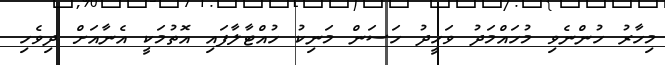
މިހާރު ހުންނެވި މުހައްމަދު ވަހީދު ހަސަން މަނިކު ހުއްޓާލާފައި އޮތުމަކީ އެނާއަށް ދިވެހި